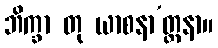
ဘိက္ခာ တု ယာစနာ’တ္ထနာ။